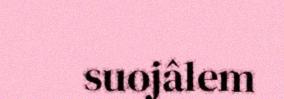
suojâlem